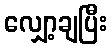
လျှော့ချပြီး